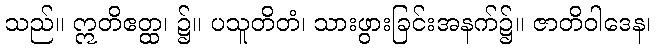
သည်။ ဣတိဧတ္ထ၊ ၌။ ပသူတိတံ၊ သားဖွားခြင်းအနက်၌။ ဇာတိဝါဒေန၊